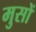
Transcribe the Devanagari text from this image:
मुसों